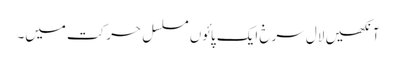
آنکھیں لال سرخ ایک پائوں مسلسل حرکت میں۔